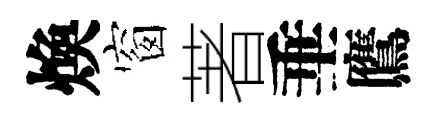
煥窗著垂鷹